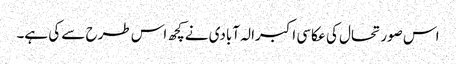
اس صورتحال کی عکاسی اکبرالہ آبادی نےکچھ اس طرح سے کی ہے۔